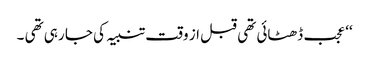
‘‘ عجب ڈھٹائی تھی قبل از وقت تنبیہ کی جا رہی تھی ۔